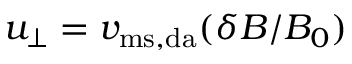
u _ { \perp } = v _ { \mathrm { m s , d a } } ( \delta B / B _ { 0 } )